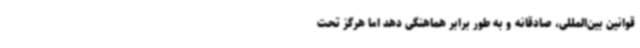
قوانین بین‌المللی، صادقانه و به طور برابر هماهنگی دهد اما هرگز تحت